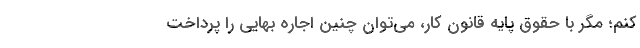
کنم؛ مگر با حقوق پایه قانون کار، می‌توان چنین اجاره بهایی را پرداخت